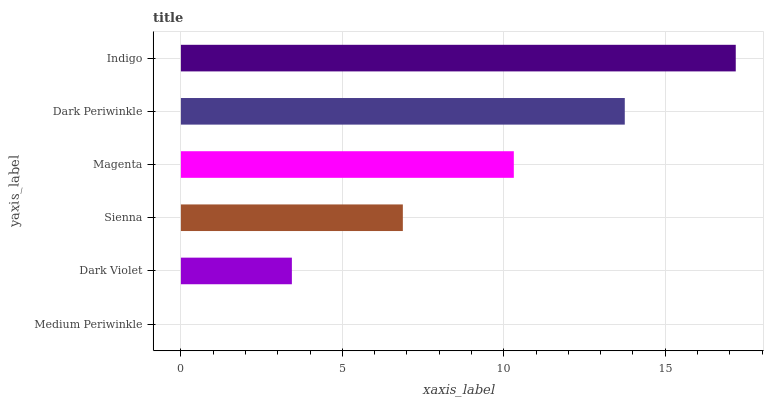
| yaxis_label | bars |
 | --- | --- |
 | Medium Periwinkle | 0 |
 | Dark Violet | 3.44 |
 | Sienna | 6.87 |
 | Magenta | 10.3 |
 | Dark Periwinkle | 13.7 |
 | Indigo | 17.2 |